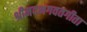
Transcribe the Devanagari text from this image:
श्रीमदभगवतगीता